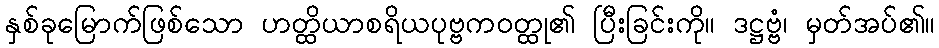
နှစ်ခုမြောက်ဖြစ်သော ဟတ္ထိယာစရိယပုဗ္ဗကဝတ္ထု၏ ပြီးခြင်းကို။ ဒဋ္ဌဗ္ဗံ၊ မှတ်အပ်၏။